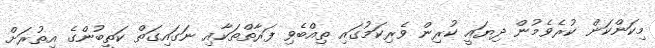
މިކަންކަން ކުރެވެމުން ދިޔައީ ކުރިން ވެރިކަމުގައި ތިއްބެވި ފަރާތްތަކާއި ނަގައިގަތް ކަތީބުންގެ އިތުރަށް